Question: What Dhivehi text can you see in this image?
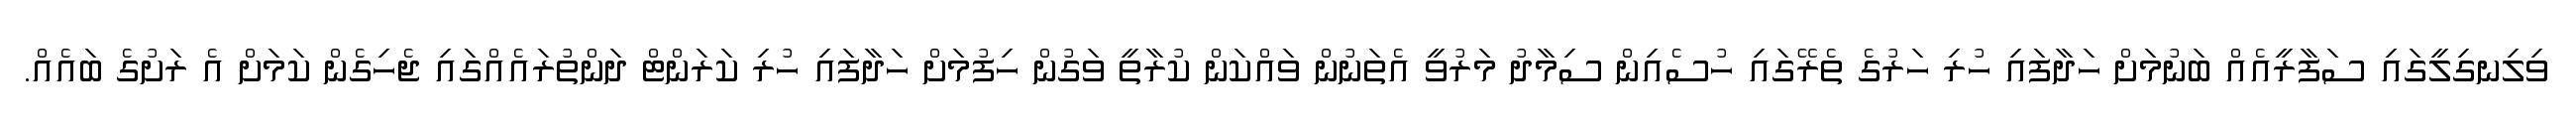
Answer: ވިލިނގިލީގައި ސަފާރީއެއް ބަނުމަށް ހަދާފައި ހުރި ހަރުގެ ތެރޭގައި ހުސެއިން ސިމާދު މަރުވީ އެތަނުން ވައްކަން ކުރާތީ ވަގުން ހިފުމަށް ހަދާފައި ހުރި ކަރަންޓް ދަންތުރައެއްގައި ޖެހިގެން ކަމަށް އެ ރަށުގެ ބައެއް.